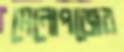
মেনোপজের